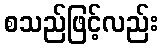
စသည်ဖြင့်လည်း